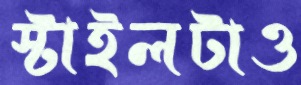
স্টাইলটাও